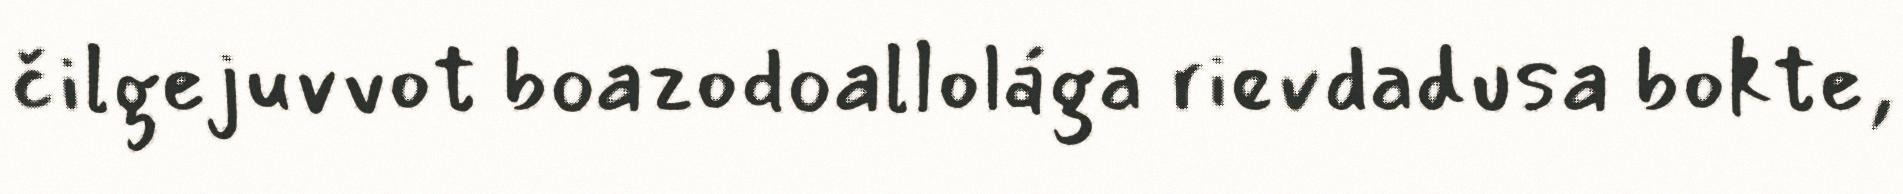
čilgejuvvot boazodoallolága rievdadusa bokte,